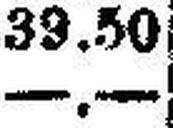
—.—